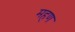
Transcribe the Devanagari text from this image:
महण